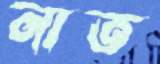
নাত